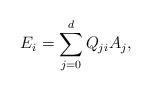
LaTeX: \begin{align*}E_i = \sum_{j=0}^d Q_{ji} A_j,\end{align*}